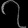
Digit: ၇